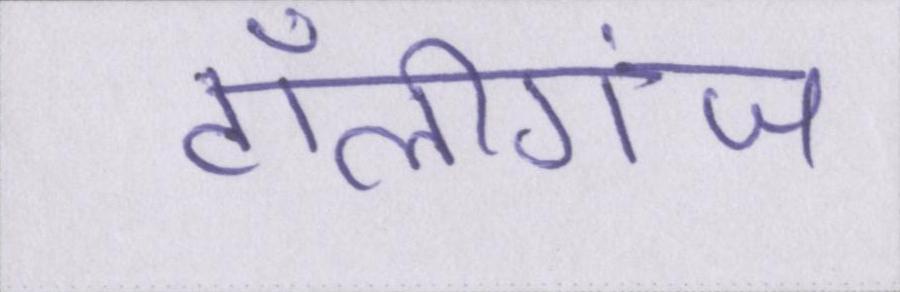
टॉलीगंज